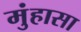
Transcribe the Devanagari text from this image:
मुंहासा